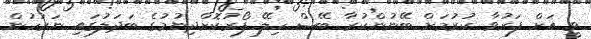
ވީ އަށް ފަރުވާ ކުރުމަށް ބޭނުންކުރާ ބޭސް ހިލޭ ފޯރުކޮށްދިނުމުގެ ބަދަލުގައި ނަރުހުން